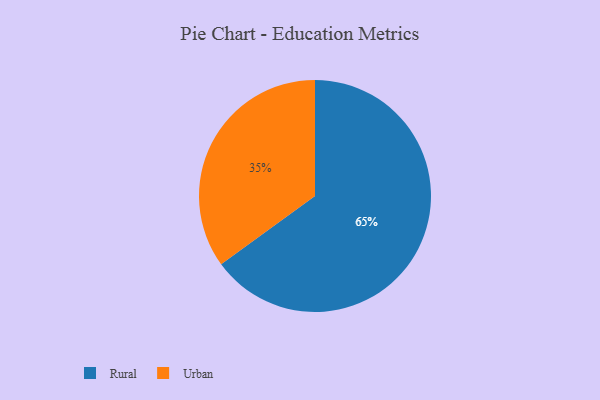
{"axis": {"x": "Category", "y": "Percentage"}, "legend": ["Rural", "Urban"], "data": [{"x": "Rural", "y": 65, "type": "Rural"}, {"x": "Urban", "y": 35, "type": "Urban"}]}